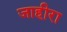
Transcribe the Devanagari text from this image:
जाहीरा